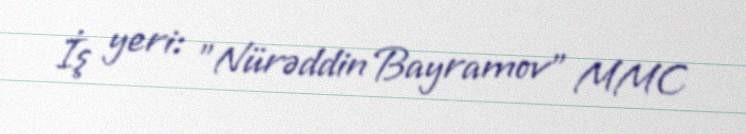
İş yeri: "Nürəddin Bayramov" MMC